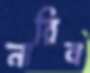
নারিব